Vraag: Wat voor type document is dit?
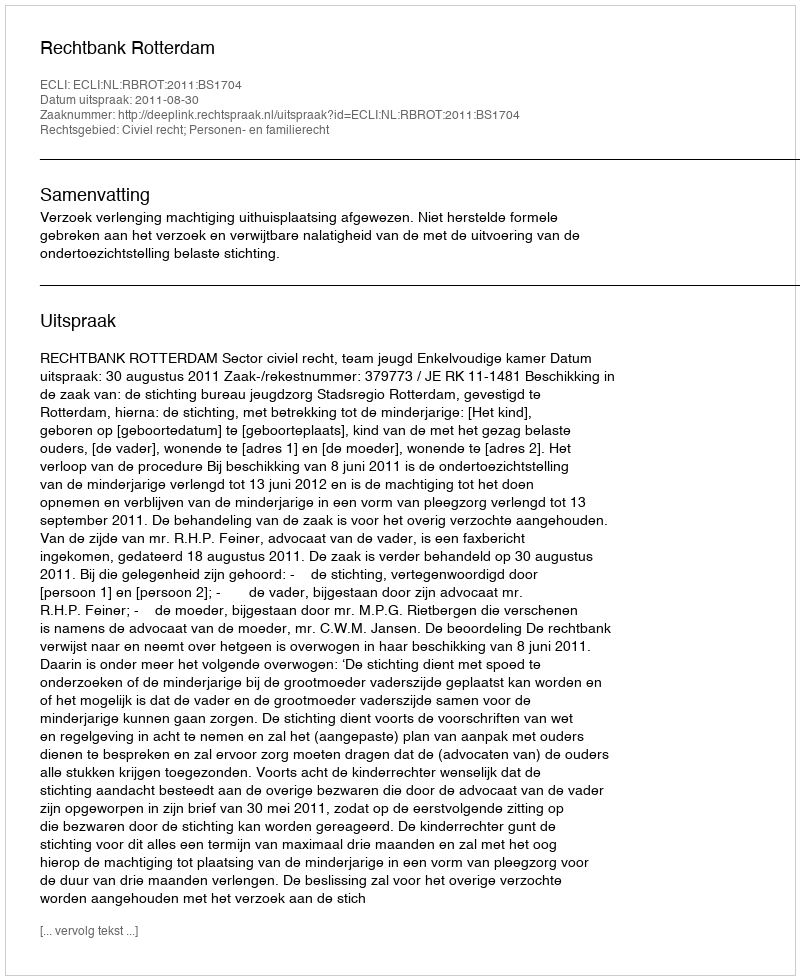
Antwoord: Uitspraak